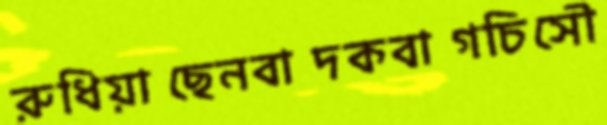
রুধিয়াছেনবাদকবাগচিসৌ